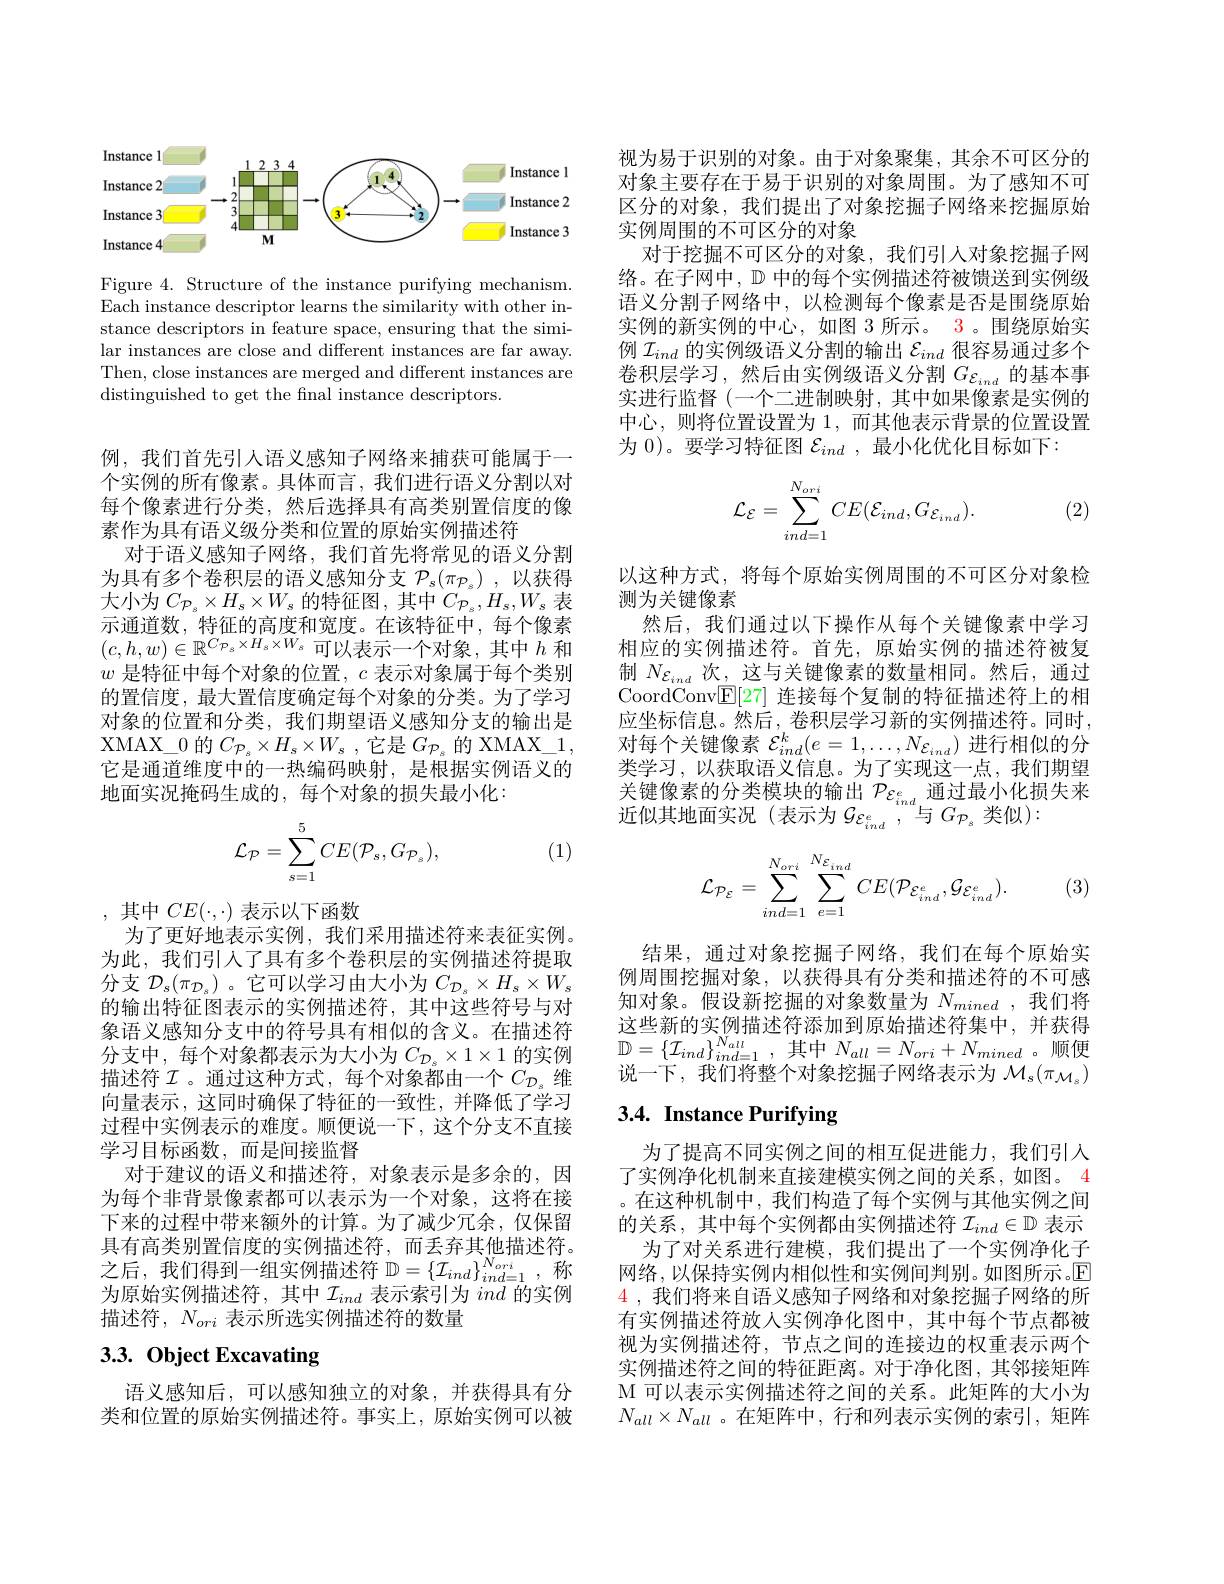
<FigureHere>

Figure 4. Structure of the instance purifying mechanism. Each instance descriptor learns the similarity with other instance descriptors in feature space, ensuring that the similar instances are close and different instances are far away. Then, close instances are merged and different instances are distinguished to get the fnal instance descriptors.

例，我们首先引人语义感知子网络来捕获可能属于一个实例的所有像素。具体而言，我们进行语义分割以对每个像素进行分类，然后选择具有高类别置信度的像素作为具有语义级分类和位置的原始实例描述符
对于语义感知子网络，我们首先将常见的语义分割为具有多个卷积层的语义感知分支$\mathcal{P} _s( \pi _{\mathcal{P} _s})$ ,以获得大小为$C_{\mathcal{P}_s}\times H_s\times W_s$的特征图，其中$C_\mathcal{P}_s,H_s,W_s$ 表示通道数，特征的高度和宽度。在该特征中，每个像素$(c,h,w)\in\mathbb{R}^{C_{\mathcal{P}_s}\times H_s\times W_s}$可以表示一个对象，其中$h$和$w$是特征中每个对象的位置，$c$表示对象属于每个类别的置信度，最大置信度确定每个对象的分类。为了学习对象的位置和分类，我们期望语义感知分支的输出是XMAX$\_$0的$C_\mathcal{P}_s\times H_s\times W_s$,它是$G_\mathcal{P}_s$的 XMAX\_1, 它是通道维度中的一热编码映射，是根据实例语义的地面实况掩码生成的，每个对象的损失最小化：

(1)
$$\mathcal{L}_{\mathcal{P}}=\sum_{s=1}^{5}CE(\mathcal{P}_{s},G_{\mathcal{P}_{s}}),$$
,其中$CE(\cdot,\cdot)$表示以下函数
为了更好地表示实例，我们采用描述符来表征实例。为此，我们引人了具有多个卷积层的实例描述符提取分支$\mathcal{D}_s(\pi_{\mathcal{D}_s})$ 。它可以学习由大小为$C_\mathcal{D}_s\times H_s\times W_s$ 的输出特征图表示的实例描述符，其中这些符号与对象语义感知分支中的符号具有相似的含义。在描述符分支中，每个对象都表示为大小为$C_{\mathcal{D}_s}\times1\times1$ 的实例描述符$\mathcal{I}$ 。通过这种方式，每个对象都由一个$C_{\mathcal{D}_s}$维向量表示，这同时确保了特征的一致性，并降低了学习过程中实例表示的难度。顺便说一下，这个分支不直接学习目标函数，而是间接监督
对于建议的语义和描述符，对象表示是多余的，因为每个非背景像素都可以表示为一个对象，这将在接下来的过程中带来额外的计算。为了减少冗余，仅保留具有高类别置信度的实例描述符，而丢弃其他描述符。之后，我们得到一组实例描述符$\mathbb{D}=\{\mathcal{I}_{ind}\}_{ind=1}^{N_{ori}}$,称为原始实例描述符，其中$\mathcal{I}_ind$表示索引为ind的实例描述符，$N_{ori}$表示所选实例描述符的数量

# 3.3. Object Excavating

语义感知后，可以感知独立的对象，并获得具有分类和位置的原始实例描述符。事实上，原始实例可以被

视为易于识别的对象。由于对象聚集，其余不可区分的对象主要存在于易于识别的对象周围。为了感知不可区分的对象，我们提出了对象挖掘子网络来挖掘原始实例周围的不可区分的对象
对于挖掘不可区分的对象，我们引人对象挖掘子网络。在子网中，$\mathbb{D}$中的每个实例描述符被馈送到实例级语义分割子网络中，以检测每个像素是否是围绕原始实例的新实例的中心，如图 3 所示。3。围绕原始实例$\mathcal{I}_{ind}$的实例级语义分割的输出$\mathcal{E}_ind$很容易通过多个卷积层学习，然后由实例级语义分割$G\varepsilon_{ind}$的基本事实进行监督(一个二进制映射，其中如果像素是实例的中心，则将位置设置为 1,而其他表示背景的位置设置为 0)。要学习特征图$\mathcal{E}_ind$ ,最小化优化目标如下：
$$\mathcal{L}_{\mathcal{E}}=\sum_{ind=1}^{N_{ori}}CE(\mathcal{E}_{ind},G_{\mathcal{E}_{ind}}).$$
(2)

以这种方式，将每个原始实例周围的不可区分对象检
测为关键像素
然后，我们通过以下操作从每个关键像素中学习相应的实例描述符。首先，原始实例的描述符被复制$N_{\mathcal{E}_{ind}}$次，这与关键像素的数量相同。然后，通过CoordConv$\underline{\mathrm{E}}[27]$连接每个复制的特征描述符上的相应坐标信息。然后，卷积层学习新的实例描述符。同时， 对每个关键像素$\mathcal{E}_ind^k(e=1,\ldots,N_{\mathcal{E}_{ind}})$进行相似的分类学习，以获取语义信息。为了实现这一点，我们期望关键像素的分类模块的输出 $\mathcal{P}_{\mathcal{E}_{ind}^e}$通过最小化损失来近似其地面实况(表示为$\mathcal{G}_{\mathcal{E}_{ind}^e}$,与$G_\mathcal{P}_s$类似):
$$\mathcal{L}_{\mathcal{P}_{\mathcal{E}}}=\sum_{ind=1}^{N_{ori}}\sum_{e=1}^{N_{\mathcal{E}_{ind}}}CE(\mathcal{P}_{\mathcal{E}_{ind}^{e}},\mathcal{G}_{\mathcal{E}_{ind}^{e}}).$$
(3)

结果，通过对象挖掘子网络，我们在每个原始实例周围挖掘对象，以获得具有分类和描述符的不可感知对象。假设新挖掘的对象数量为$N_{mined}$,我们将这些新的实例描述符添加到原始描述符集中，并获得$\mathbb{D} = \{ \mathcal{I} _{ind}\} _{ind= 1}^{N_{all}}$, 其中$N_all=N_{ori}+N_{mined}$。顺便说一下，我们将整个对象挖掘子网络表示为$\mathcal{M}_s(\pi_{\mathcal{M}_s})$

# 3.4. Instance Purifying

为了提高不同实例之间的相互促进能力，我们引入了实例净化机制来直接建模实例之间的关系，如图。4 。在这种机制中，我们构造了每个实例与其他实例之间的关系，其中每个实例都由实例描述符$\mathcal{I}_ind\in\mathbb{D}$表示
为了对关系进行建模，我们提出了一个实例净化子网络，以保持实例内相似性和实例间判别。如图所示。$\mathbb{E}$ 4 ,我们将来自语义感知子网络和对象挖掘子网络的所有实例描述符放人实例净化图中，其中每个节点都被视为实例描述符，节点之间的连接边的权重表示两个实例描述符之间的特征距离。对于净化图，其邻接矩阵M 可以表示实例描述符之间的关系。此矩阵的大小为$N_{all}\times N_{all}$ 。在矩阵中，行和列表示实例的索引，矩阵